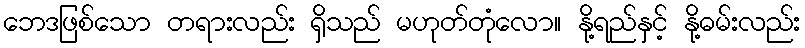
ဘေဒဖြစ်သော တရားလည်း ရှိသည် မဟုတ်တုံလော။ နို့ရည်နှင့် နို့ဓမ်းလည်း